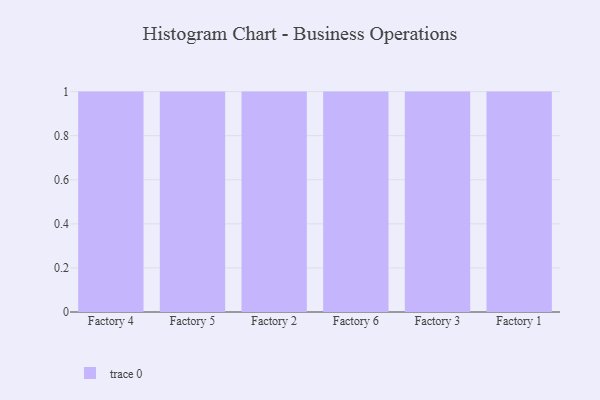
{"axis": {"x": "Factory", "y": "Website Visitors"}, "legend": [""], "data": [{"x": "Factory 4", "y": 49, "type": ""}, {"x": "Factory 5", "y": 21, "type": ""}, {"x": "Factory 2", "y": 34, "type": ""}, {"x": "Factory 6", "y": 23, "type": ""}, {"x": "Factory 3", "y": 47, "type": ""}, {"x": "Factory 1", "y": 37, "type": ""}]}